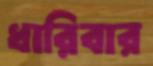
ধারিবার